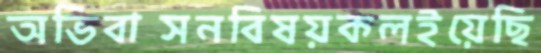
অভিবাসনবিষয়কলইয়েছি